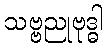
သဗ္ဗညုဗုဒ္ဓါ